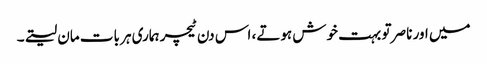
میں اور ناصر تو بہت خوش ہوتے، اس دن ٹیچر ہماری ہر بات مان لیتے۔